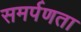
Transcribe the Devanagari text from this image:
समर्पणता